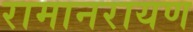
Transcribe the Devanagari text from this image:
रामानरायण